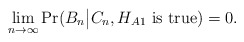
\begin{align*} \lim\limits_{n\rightarrow\infty} \Pr(B_n\big|C_n, H_{A1} \mbox{ is true})=0. \end{align*}